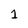
Character: 1